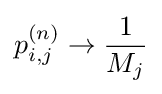
p_{i,j}^{(n)}\rightarrow {\frac {1}{M_{j}}}